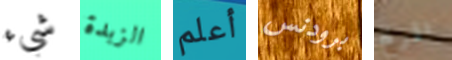
شيء الزبدة أعلم برودنس المريخ